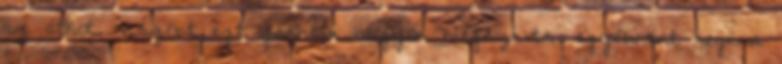
az átkot. viszont ezt graham nagyon megszívta. egyébként regina